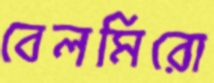
বেলমিরো